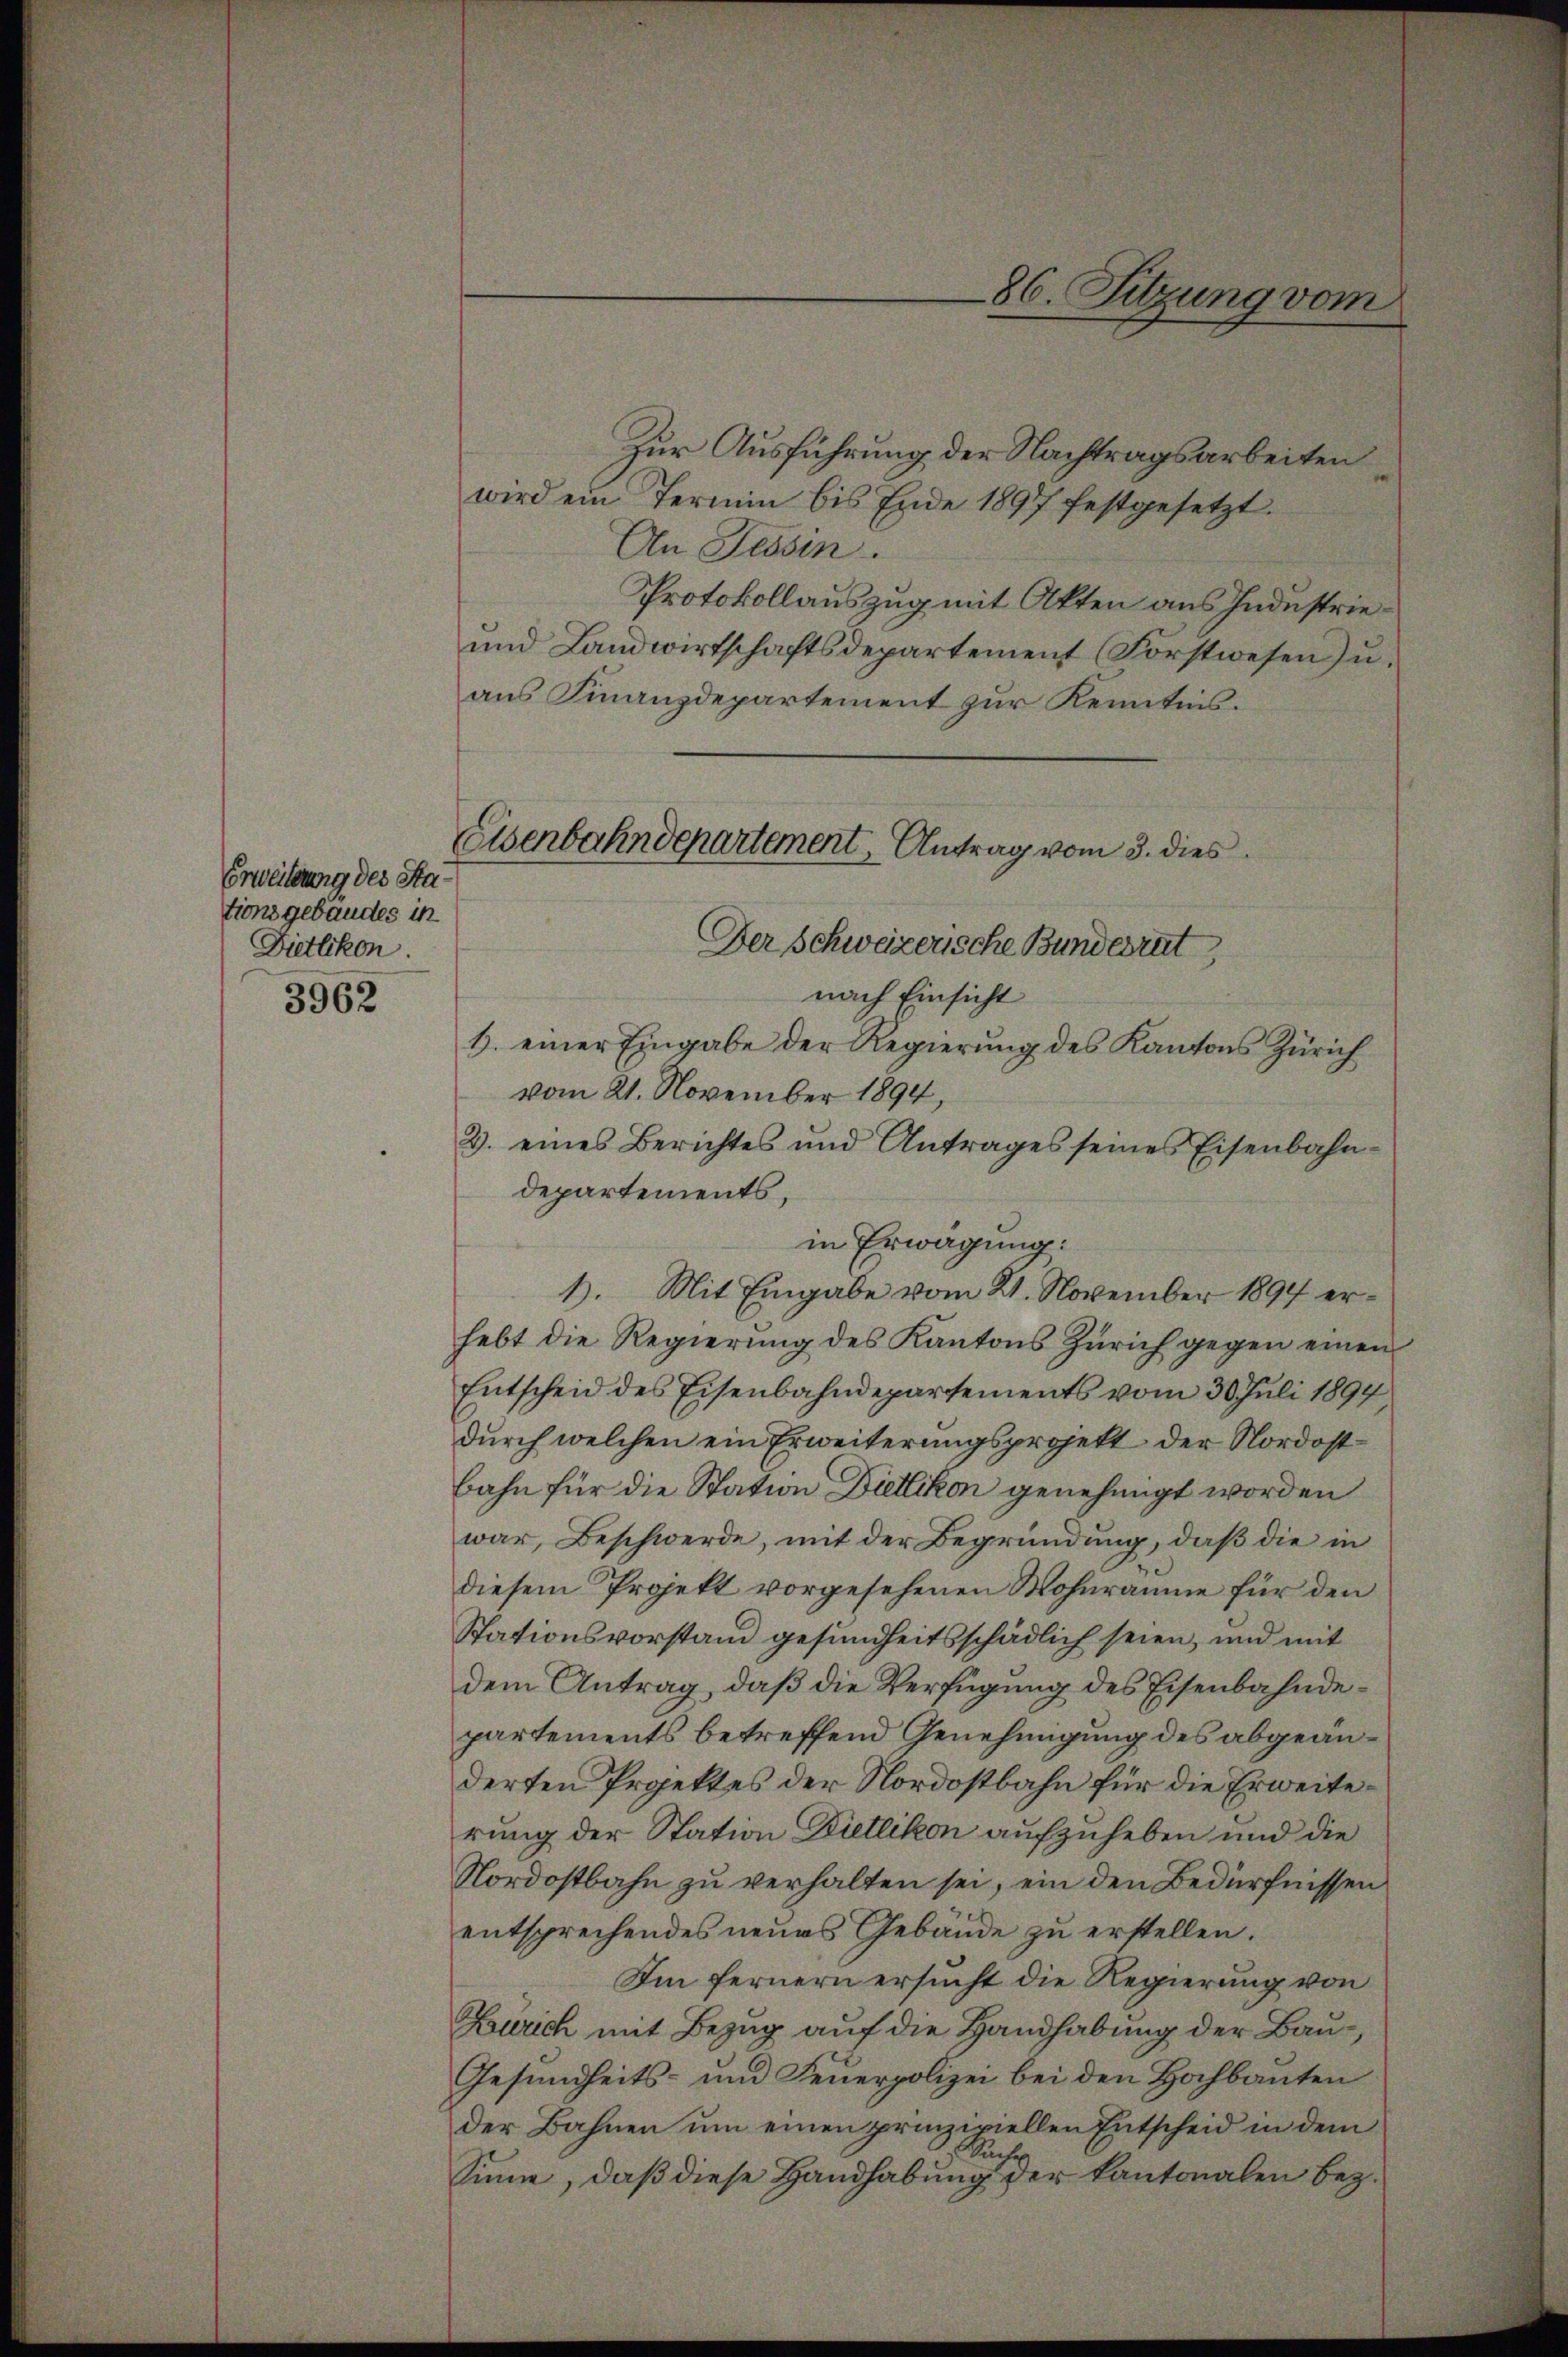
Erweiterung des Stationsgebäudes in
Dietlikon.

3962

Zur Ausführung der Nachtragsarbeiten
wird ein Termin bis Ende 1897 festgesetzt.
An Tessin.
Protokollauszug mit Akten aus Industrie¬
und Landwirtschaftsdepartement (Forstwesen zu,
aus Finanzdepartement zur Kenntnis.
Der Schweizerische Bundesrat,
nach Einsicht
1. einer Eingabe der Regierung des Kantons Zürich
vom 21. November 1894,
3. eines Berichtes und Antrages seines Eisenbahn-
departements,
in Erwägung:
1). Mit Eingabe vom 21. November 1894 erhebt die Regierung des Kantons Zürich gegen einen
Entscheid des Eisenbahndepartements vom 30. Juli 1894
durch welchen ein Erweiterungsprojekt der Nordostbahn für die Station Dietlikon genehmigt worden
war, Beschwerde, mit der Begründung, daß die in
diesem Projekt vorgesehenen Wohnräume für den
Stationsvorstand gesundheitsschädlich seien, und mit
dem Antrag, daß die Verfügung des Eisenbahndepartements betreffend Genehmigung des abgeänderten Projektes der Nordostbahn für die Erweiterung der Station Dietlikon aufzuheben und die
Nordostbahn zu verhalten sei, ein den Bedürfnissen
entsprechendes neues Gebäude zu erstellen.
Im fernern ersucht die Regierung von
Zürich mit Bezug auf die Handhabung der Bau¬
Gesundheits- und Feuerpolizei bei den Hochbauten
der Bahnen um einen prinzipiellen Entscheid in dem
Ruche
Sinne, daß diese Handhabung der kantonalen bez.

Eisenbahndepartement, Antrag vom 3. dies

86. Sitzung vom